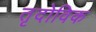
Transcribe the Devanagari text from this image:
तृदोविक